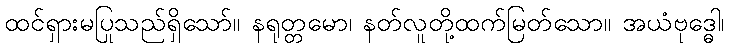
ထင်ရှားမပြုသည်ရှိသော်။ နရုတ္တမော၊ နတ်လူတို့ထက်မြတ်သော။ အယံဗုဒ္ဓေါ၊